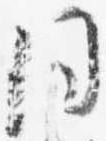
同